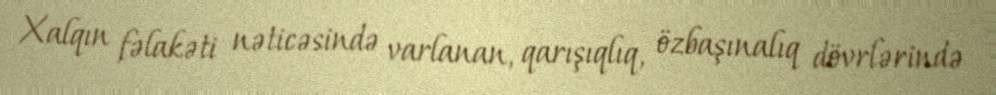
Xalqın fəlakəti nəticəsində varlanan, qarışıqlıq, özbaşınalıq dövrlərində